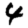
Digit: 4